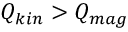
Q _ { k i n } > Q _ { m a g }